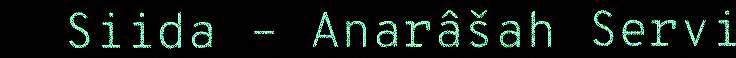
Siida – Anarâšah Servi